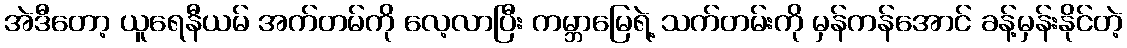
အဲဒီတော့ ယူရေနီယမ် အက်တမ်ကို လေ့လာပြီး ကမ္ဘာမြေရဲ့ သက်တမ်းကို မှန်ကန်အောင် ခန့်မှန်းနိုင်တဲ့